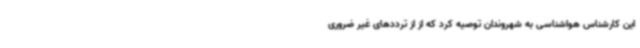
این کارشناس هواشناسی به شهروندان توصیه کرد که از از ترددهای غیر ضروری